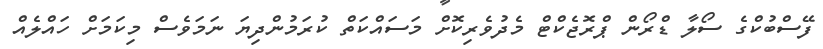
ފޭސްބުކްގެ ސޯލާ ޑްރޯން ޕްރޮޖެކްޓް މެދުވެރިކޮށް މަސައްކަތް ކުރަމުންދިޔަ ނަމަވެސް މިކަމަށް ހައްލެއް